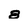
Character: 8